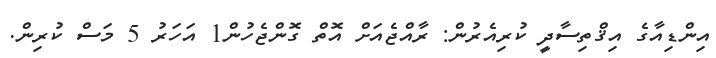
އިންޑިއާގެ އިޤްތިސާދީ ކުރިއެރުން: ރާއްޖެއަށް އޮތް ގޮންޖެހުން1 އަހަރު 5 މަސް ކުރިން.